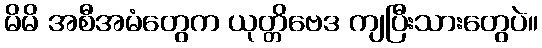
မိမိ အစီအမံတွေက ယုတ္တိဗေဒ ကျပြီးသားတွေပဲ။